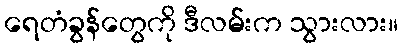
ရေတံခွန်တွေကို ဒီလမ်းက သွားလား။